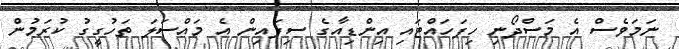
ނަމަވެސް އެ މަސްދޯނި ހިފަހައްޓައި އިންޑިއާގެ ސިފައިން އެ މައްސަލަ ތަހުގީގު ކުރަމުން